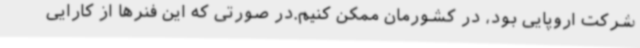
شرکت اروپایی بود، در کشورمان ممکن کنیم.در صورتی که این فنرها از کارایی